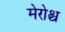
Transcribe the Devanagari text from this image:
मेरोश्च